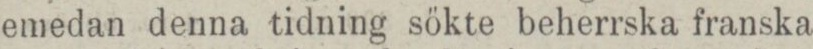
emedan denna tidning sökte beherrska franska